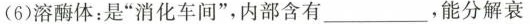
(6)溶酶体：是”消化车间”，内部含有___，能分解衰